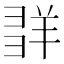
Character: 𦍽